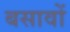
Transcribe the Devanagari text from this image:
बसावों